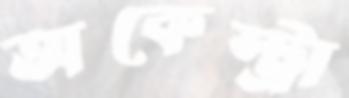
অকেস্ট্রা